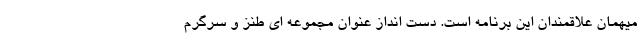
میهمان علاقمندان این برنامه است. دست انداز عنوان مجموعه ای طنز و سرگرم